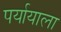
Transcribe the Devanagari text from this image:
पर्यायाला